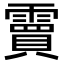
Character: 𮦭